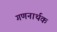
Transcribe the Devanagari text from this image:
गणनार्थक